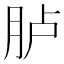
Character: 胪